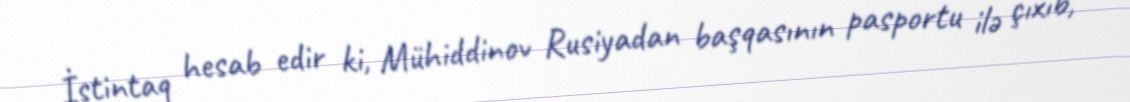
İstintaq hesab edir ki, Mühiddinov Rusiyadan başqasının pasportu ilə çıxıb,